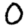
Digit: 0